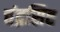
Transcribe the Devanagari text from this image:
चंद्रसिह